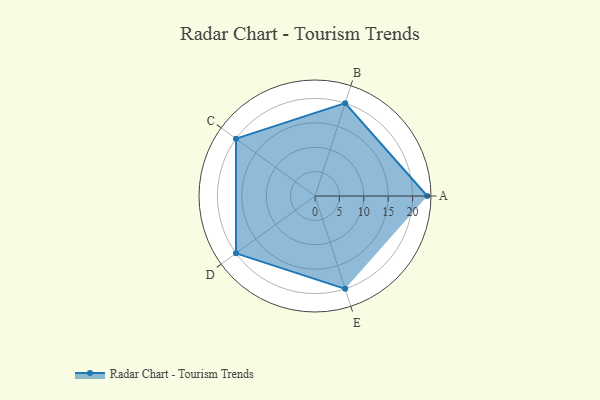
{"axis": {"x": "Skill", "y": "Score"}, "legend": ["Profile"], "data": [{"x": "A", "y": 23.0, "type": "Profile"}, {"x": "B", "y": 20, "type": "Profile"}, {"x": "C", "y": 20, "type": "Profile"}, {"x": "D", "y": 20, "type": "Profile"}, {"x": "E", "y": 20, "type": "Profile"}]}